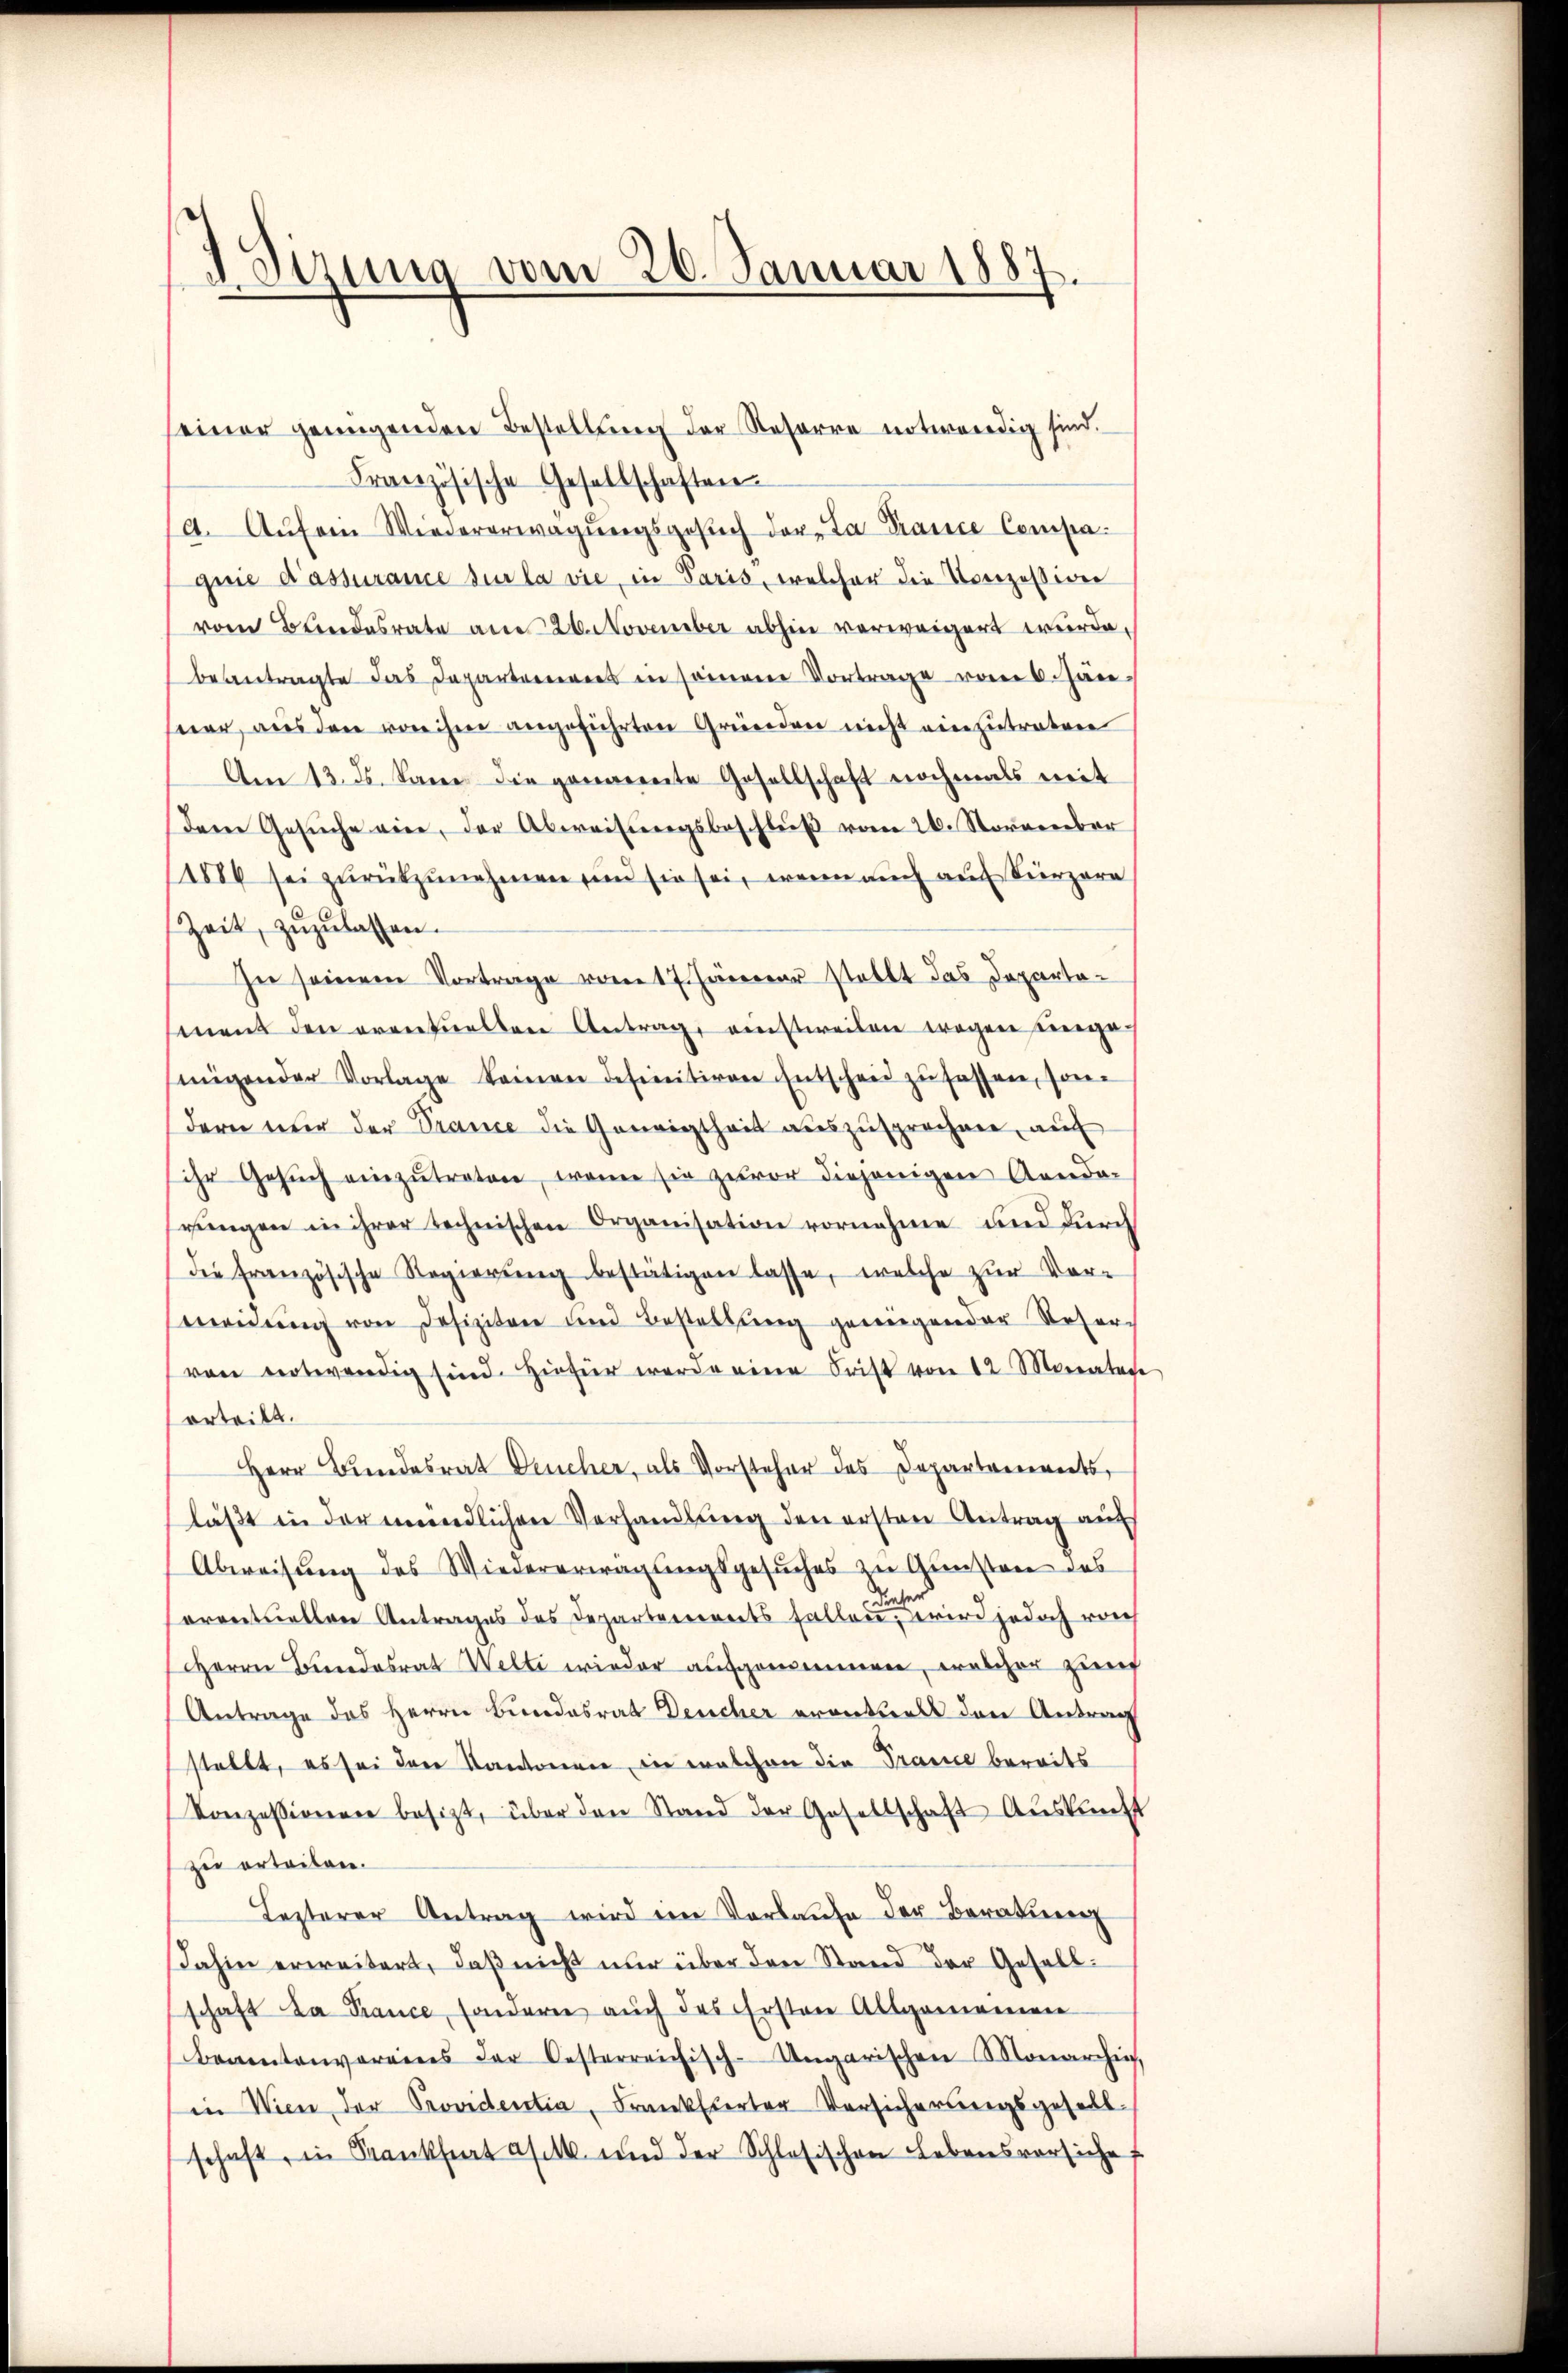
d Sizung vom 26. Januar 1887.

seiner genügenden Bestellung der Reserre notwendig sind.
Französische Gesellschaften.
4. Aŭf ein Wiedererwägŭngsgesuch der La Prance Compa
quie d’assurance sur la vie, in Paris, welcher die Vorzessigen
vom Bundesrate am 26. November abhin verweigert wurde,
beantragte das Departemens in seinem Vortrage vom 6. Jän
mer, aus den von ihm angeführten Gründen nicht einzutreten
Am 13. ds. kann die genomente Gesellschaft nochmals mit
Dem Gesŭche eine, der Abweisŭngsbeschlŭβ vom 26. November
(1886 sei zurückzunehmen sind sie sei, wenn auch auch kürzere
Zeit, zŭzŭlassen.
In seinem Vortrage vom 17. Jänerer stellt das Departament den eventuellen Antrag, einstweilen wegen eingesingender Vorlage keinen definitiven Entscheid zufassen, sondern nur der Trance die Geneigtheit auszusprechen, auf
ihr Gesŭch einzŭtreten, wenn sie zuvor diejenigen Armida-
rungen in ihrer technischen Organisation vornehme und durch
die französische Regierŭng bestätigen lasse, welche zur Vormeidung von Defizitaer und Bestellung gewiegender Reser
von notwendig sind. Hiefür werde eine Frist von 12 Monatete
orteilt.
Herr Bundesrat Deucher, als Vorsteher des Departements,
läßt in der mündlichen Verhandlung den ersten Antrag auf
Abweisung des Wiedererwägungsgesuches zu Gunsten des
orentuellen Antrages das Departerrents fallen, wird jedoch vorh
Herrn Bundesrat Welti wieder aufgenommen, welcher zum
Antrage des Herrn Bundesrat Deucher erantzelt den Antrag
stellt, es sei den Kantoneren ein welchen die Trance bereits
Konzessionen besizt, über den Stand der Gesellschaft Aŭskŭnft
zu erteilen.
Lezterer Antrag wird ein Vorlaufe der Beratung
dahin erweitert, daß nicht nur über den Stand der Gesellschaft da France, sondern auch das Ersten Allgemonien
Beamtenvereins der Oesterreichisch-Ungarischen Monarchi
in Wien der Providentia, Frankierter Versicherungsgesell
schaft, in Krankheit asel und der Schlesischen Lebensversiche